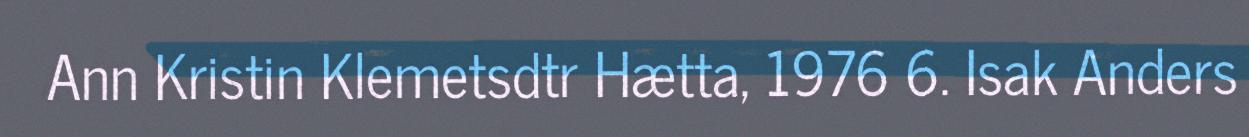
Ann Kristin Klemetsdtr Hætta, 1976 6. Isak Anders